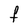
Character: F